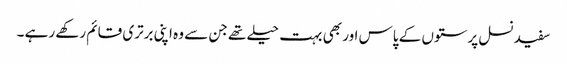
سفید نسل پرستوں کے پاس اور بھی بہت حیلے تھے جن سے وہ اپنی برتری قائم رکھے رہے ۔